Tezpur Lunatic Asylum reports 1895-1904 - 1895-1904
Year: 1895
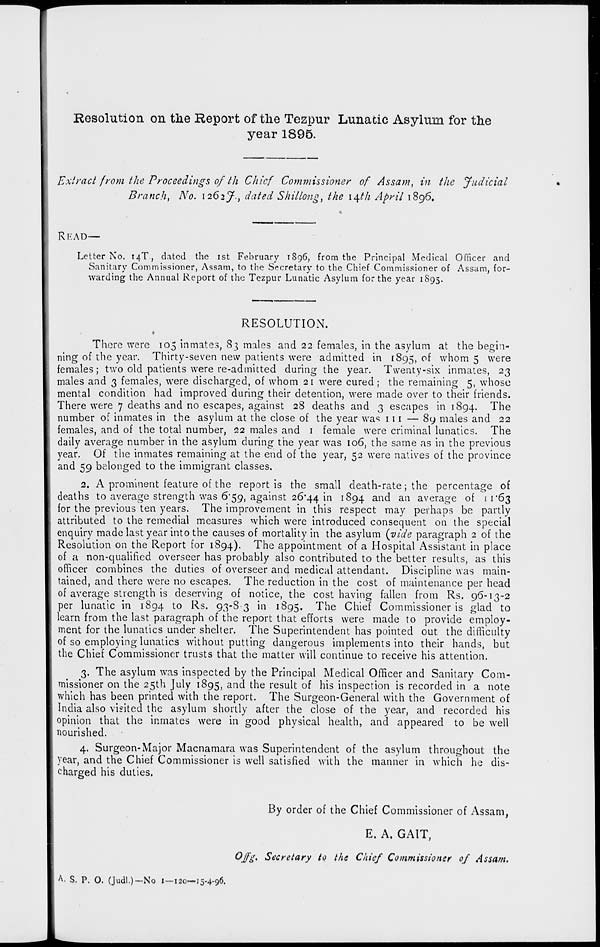
Resolution on the Report of the Tezpur Lunatic Asylum for the
year 1895.
Extract from the Proceedings ofth Chief Commissioner of Assam, in the Judicial
Branch, No. 1262 J. t dated Shillong, the \\th April 1896.
READ—
Letter No. 14T., dated the 1st February 1896, from the Principal Medical Officer and
Sanitary Commissioner, Assam, to the Secretary to the Chief Commissioner of Assam, for-
warding the Annual Report of the Tezpur Lunatic Asylum for the year 1895.
RESOLUTION.
There were 105 inmates, 83 males and 22 females, in the asylum at the begin-
ning of the year. Thirty-seven new patients were admitted in 1895, of whom 5 were
females; two old patients were re-admitted during the year. Twenty-six inmates, 23
males and 3 females, were discharged, of whom 21 were cured ; the remaining 5, whose
mental condition had improved during their detention, were made over to their friends.
There were 7 deaths and no escapes, against 28 deaths and 3 escapes in 1894. The
number of inmates in the asylum at the close of the year was 111 — 8y males and 22
females, and of the total number, 22 males and 1 female were criminal lunatics. The
daily average number in the asylum during the year was 106, the same as in the previous
year. Of the inmates remaining at the end of the year, 52 were natives of the province
and 59 belonged to the immigrant classes.
2. A prominent feature of the report is the small death-rate; the percentage of
deaths to average strength was 6*59, against 26*44 in x^9 4 ana^ ai1 average of 11*63
for the previous ten years. The improvement in this respect may perhaps be partly
attributed to the remedial measures which were introduced consequent on the special
enquiry made last year into the causes of mortality in the asylum {vide paragraph 2 of the
Resolution on the Report for 1894). The appointment of a Hospital Assistant in place
of a non-qualified overseer has probably also contributed to the better results, as this
officer combines the duties of overseer and medical attendant. Discipline was main-
tained, and there were no escapes. The reduction in the cost of maintenance per head
of average strength is deserving of notice, the cost having fallen from Rs. 96-13-2
per lunatic in 1894 to Rs. 93-8-3 in 1895. The Chief Commissioner is glad to
learn from the last paragraph of the report that efforts were made to provide employ-
ment for the lunatics under shelter. The Superintendent has pointed out the difficulty
of so employing lunatics without putting dangerous implements into their hands, but
the Chief Commissioner trusts that the matter will continue to receive his attention.
3. The asylum was inspected by the Principal Medical Officer and Sanitary Com-
missioner on the 25th July 1895, and the result of his inspection is recorded in a note
which has been printed with the report. The Surgeon-General with the Government of
India also visited the asylum shortly after the close of the year, and recorded his
opinion that the inmates were in good physical health, and appeared to be well
nourished.
4. Surgeon-Major Macnamara was Superintendent of the asylum throughout the
year, and the Chief Commissioner is well satisfied with the manner in which he dis-
charged his duties.
By order of the Chief Commissioner of Assam,
E. A. GAIT,
Ojfg % Secretary to the Chief Commissioner of Assam.
A. S. P. O. (Judl.)-No 1—120— 15.4-96.